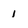
Character: 1